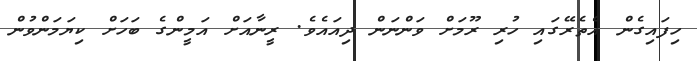
ހިފައިގެން އެތެރޭގައި ހުރި ރޫމަށް ވަންނަން ދިއައެވެ. ރީނާއަށް އަމީންގެ ބަހަށް ކިޔަމަންވުން